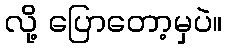
လို့ ပြောတော့မှပဲ။